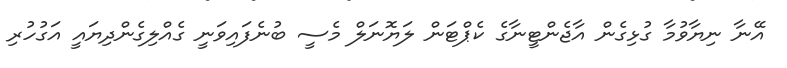
އޭނާ ނިޔާވުމާ ގުޅިގެން އާޖެންޓީނާގެ ކެޕްޓަން ލަޔޮނަލް މެސީ ބުނެފައިވަނީ ގެއްލިގެންދިޔައީ އަގުހުރި